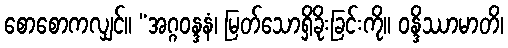
စောစောကလျှင်။ “အဂ္ဂဝန္ဒနံ၊ မြတ်သောရှိခိုးခြင်းကို။ ဝန္ဒိဿာမာတိ၊